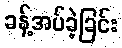
ခန့်အပ်ခဲ့ခြင်း